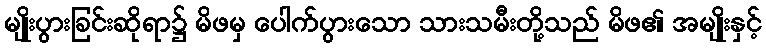
မျိုးပွားခြင်းဆိုရာ၌ မိဖမှ ပေါက်ပွားသော သားသမီးတို့သည် မိဖ၏ အမျိုးနှင့်